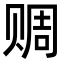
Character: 赒